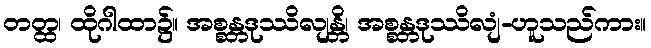
တတ္ထ၊ ထိုဂါထာ၌။ အစ္စန္တဒုဿိလျန္တိ၊ အစ္စန္တဒုဿိလျံ-ဟူသည်ကား။